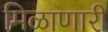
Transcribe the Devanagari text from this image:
मिळाणारी